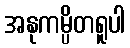
အနုကမ္ပိတရူပါ